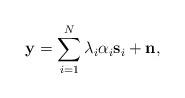
LaTeX: \begin{align*}\mathbf{y} = \sum_{i=1}^{N} \lambda_i \alpha_i \mathbf{s}_i + \mathbf{n},\end{align*}